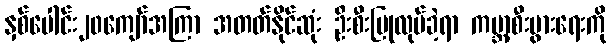
နှစ်ပေါင်း၂၀ကျော်အကြာ အတတ်နိုင်ဆုံး ဦးစီးပြုလုပ်ခဲ့ရာ ကမ္ဘာ့စီးပွားရေးကို